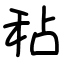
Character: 秥